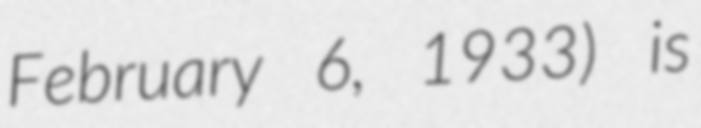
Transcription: February 6, 1933) is